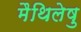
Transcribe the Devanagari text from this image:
मैथिलेषु